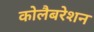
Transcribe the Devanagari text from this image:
कोलैबरेशन